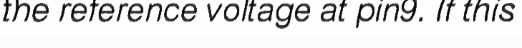
the reference voltage at pin9. If this